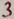
Text: 3